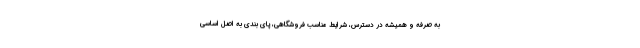
به صرفه و همیشه در دسترس، شرایط مناسب فروشگاهی، پای بندی به اصل اساسی